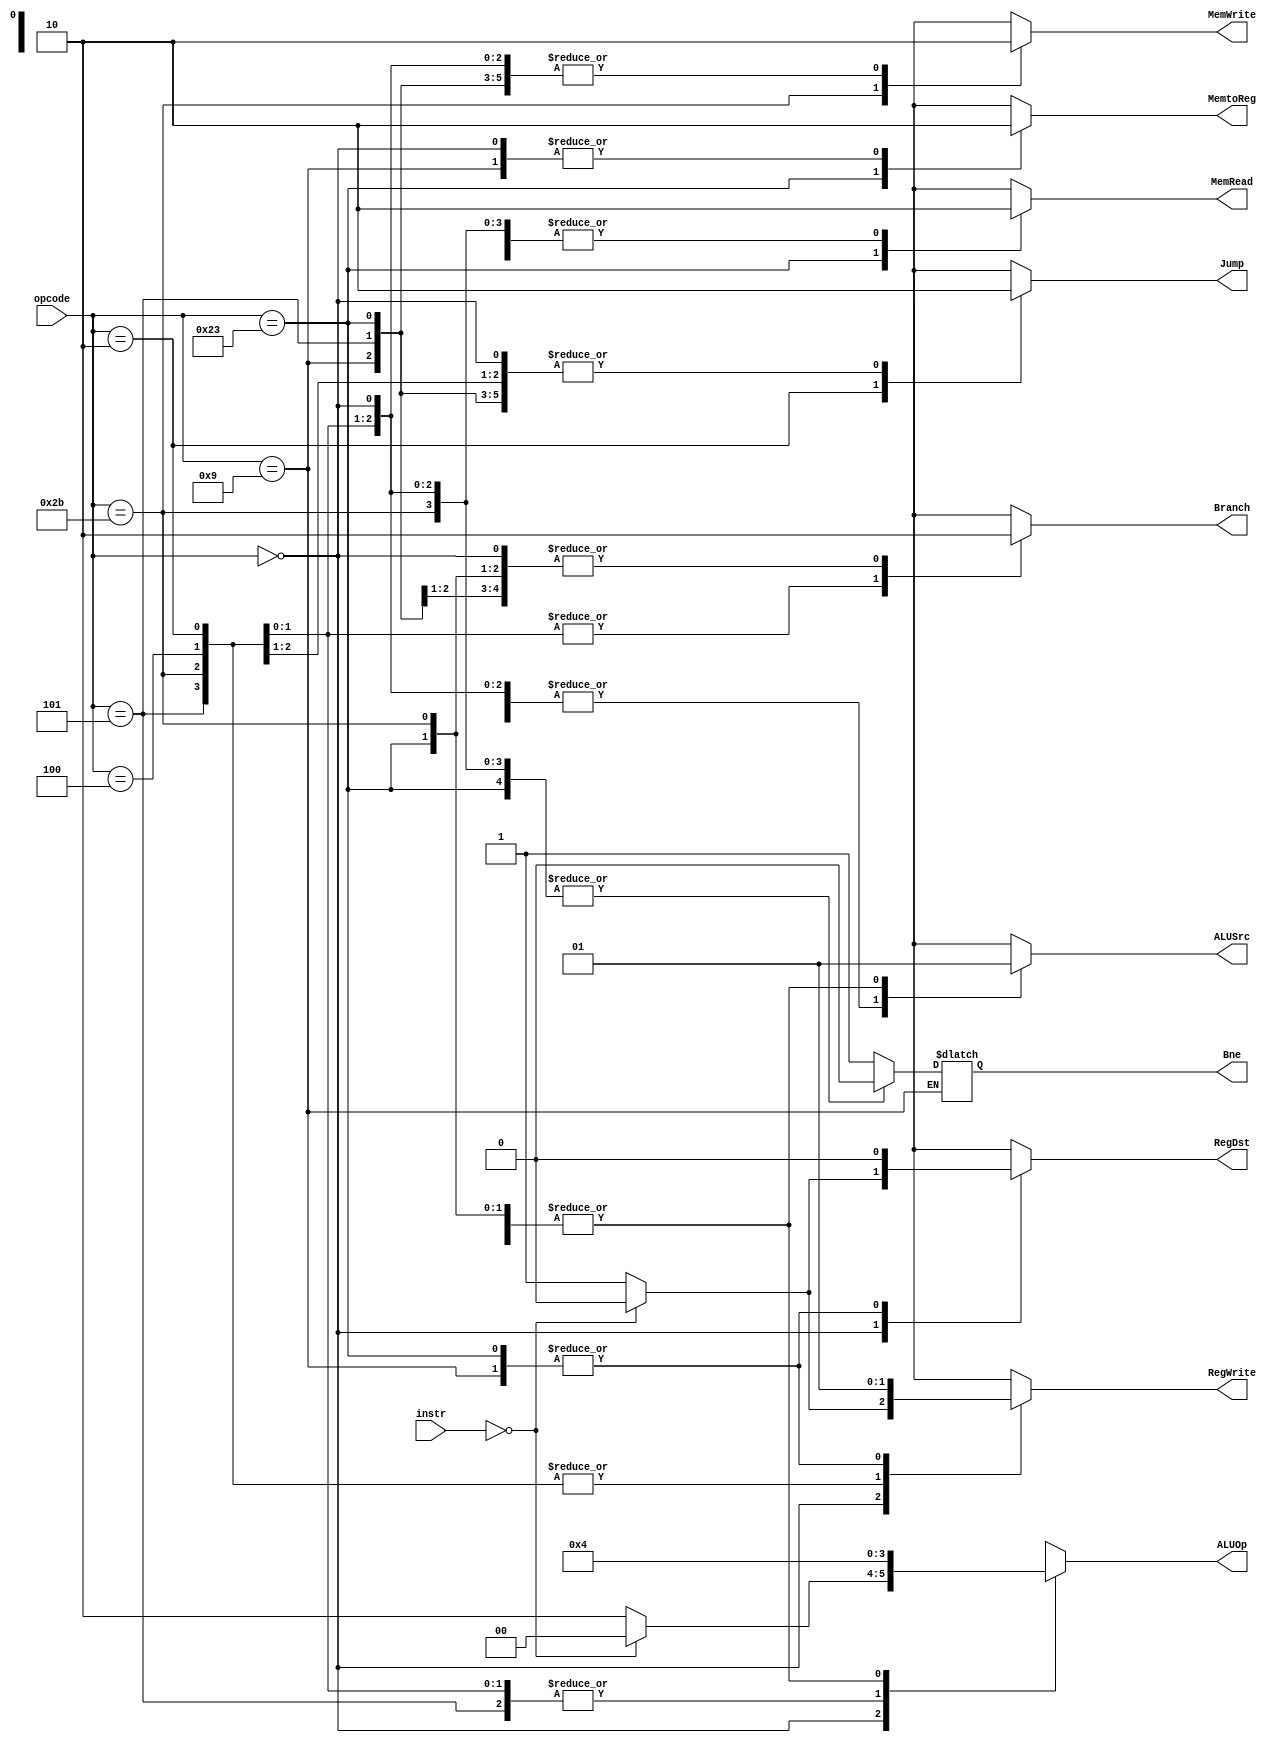
/*
	Title: MIPS Single-Cycle Control Unit
	Editor: Selene (Computer System and Architecture Lab, ICE, CYCU)
	
	Input Port
		1. opcode: JONAT
	Input Port
		1. RegDst: RFMUX
		2. ALUSrc: ALUMUX
		3. MemtoReg: WRMUX
		4. RegWrite: sO_igJ
		5. MemRead:  OO_iX
		6. MemWrite: OO_igJ
		7. Branch: PALUXzeroTANDBPCMUX
		8. ALUOp: XALU Control
*/
`timescale 1ns/1ns
module control_single( instr,opcode, RegDst, ALUSrc, MemtoReg, RegWrite, 
					   MemRead, MemWrite, Branch, Bne, Jump, ALUOp);
    input[5:0] opcode;
	input[31:0] instr ;
    output RegDst, ALUSrc, MemtoReg, RegWrite, MemRead, MemWrite, Branch, Bne, Jump;
    output[1:0] ALUOp;
    reg RegDst, ALUSrc, MemtoReg, RegWrite, MemRead, MemWrite, Branch, Bne, Jump;
    reg[1:0] ALUOp;

    parameter R_FORMAT = 6'd0;
    parameter LW = 6'd35;
    parameter SW = 6'd43;
    parameter BEQ = 6'd4;
	parameter BNE = 6'd5; 
	parameter J = 6'd2;
	parameter ADDIU = 6'd9;

    always @( opcode ) begin
        case ( opcode )
		  BNE :
		  begin
		  	RegDst = 1'bx; ALUSrc = 1'b0; MemtoReg = 1'bx; RegWrite = 1'b0; MemRead = 1'b0; 
			MemWrite = 1'b0; Branch = 1'b0; Bne = 1'b1; Jump = 1'b0; ALUOp = 2'b01;
		  end
          R_FORMAT : 
          begin
			if( instr == 32'd0 ) begin // NOP
				RegDst = 1'b0; ALUSrc = 1'b0; MemtoReg = 1'b0; RegWrite = 1'b0; MemRead = 1'b0; 
				MemWrite = 1'b0; Branch = 1'b0; Bne = 1'b0; Jump = 1'b0; ALUOp = 2'b00;			
			end
			else begin	// R-type
				RegDst = 1'b1; ALUSrc = 1'b0; MemtoReg = 1'b0; RegWrite = 1'b1; MemRead = 1'b0; 
				MemWrite = 1'b0; Branch = 1'b0; Bne = 1'b0; Jump = 1'b0; ALUOp = 2'b10;
			end
          end
          LW :
          begin
				RegDst = 1'b0; ALUSrc = 1'b1; MemtoReg = 1'b1; RegWrite = 1'b1; MemRead = 1'b1; 
				MemWrite = 1'b0; Branch = 1'b0; Bne = 1'b0; Jump = 1'b0; ALUOp = 2'b00;
          end
          SW :
          begin
				RegDst = 1'bx; ALUSrc = 1'b1; MemtoReg = 1'bx; RegWrite = 1'b0; MemRead = 1'b0; 
				MemWrite = 1'b1; Branch = 1'b0; Bne = 1'b0; Jump = 1'b0; ALUOp = 2'b00;
          end
          BEQ :
          begin
				RegDst = 1'bx; ALUSrc = 1'b0; MemtoReg = 1'bx; RegWrite = 1'b0; MemRead = 1'b0; 
				MemWrite = 1'b0; Branch = 1'b1; Bne = 1'b0; Jump = 1'b0; ALUOp = 2'b01;
          end
		  J :
		  begin
				RegDst = 1'bx; ALUSrc = 1'b0; MemtoReg = 1'bx; RegWrite = 1'b0; MemRead = 1'b0; 
				MemWrite = 1'b0; Branch = 1'b1; Bne = 1'b0; Jump = 1'b1; ALUOp = 2'b01;
		  end
		  ADDIU :
		  begin
				RegDst = 1'b0; ALUSrc = 1'b1; MemtoReg = 1'b0; RegWrite = 1'b1; MemRead = 1'b0; 
				MemWrite = 1'b0; Branch = 1'b0; Jump = 1'b0; ALUOp = 2'b00;				
		  end		
          default
          begin
				$display("control_single unimplemented opcode %d", opcode);
				RegDst=1'bx; ALUSrc=1'bx; MemtoReg=1'bx; RegWrite=1'bx; MemRead=1'bx; 
				MemWrite=1'bx; Branch=1'bx; Bne = 1'bx; Jump = 1'bx; ALUOp = 2'bxx;
          end

        endcase
    end
endmodule